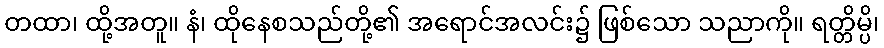
တထာ၊ ထို့အတူ။ နံ၊ ထိုနေစသည်တို့၏ အရောင်အလင်း၌ ဖြစ်သော သညာကို။ ရတ္တိမ္ပိ၊